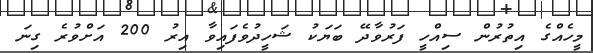
މީހެއްގެ އިތުރުން ސިއްހީ ފަރުވާދޭ ބަޔަކު ޝަހީދުވެފައިވާ އިރު 200 އަށްވުރެ ގިނަ